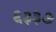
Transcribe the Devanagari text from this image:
६३३७